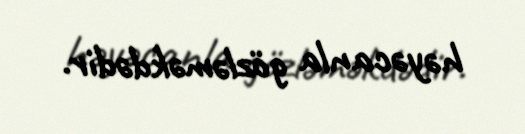
həyəcanla gözləməkdədir.